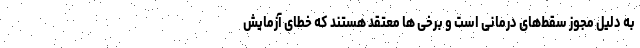
به دلیل مجوز سقط‌های درمانی است و برخی ها معتقد هستند که خطای آزمایش